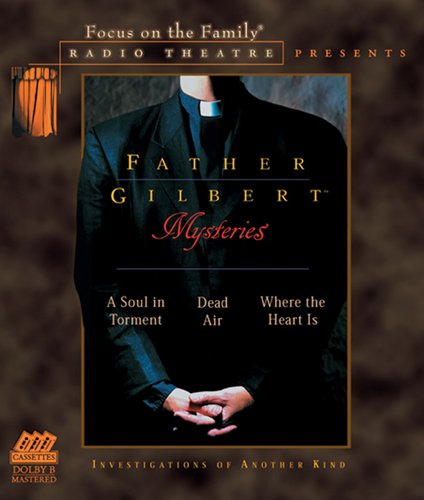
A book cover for Father Gilbert Mysteries (Radio Theatre); Paul McCusker; Humor & Entertainment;